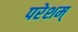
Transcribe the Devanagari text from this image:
परेशम्